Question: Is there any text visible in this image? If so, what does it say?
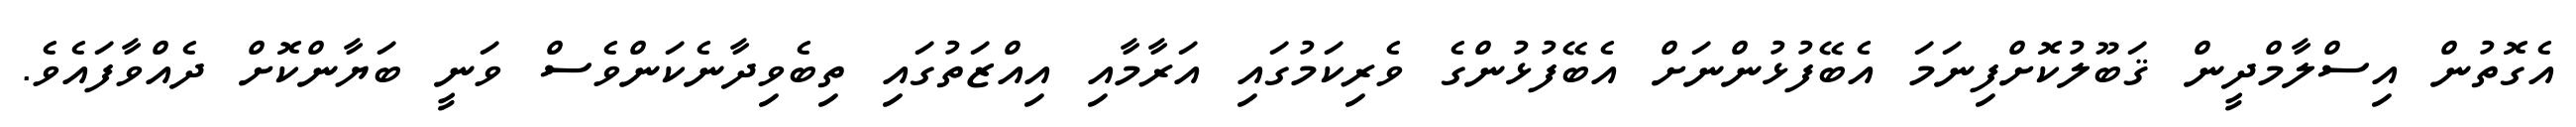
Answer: އެގޮތުން އިސްލާމްދީން ޤަބޫލުކޮށްފިނަމަ އެބޭފުޅުންނަށް އެބޭފުޅުންގެ ވެރިކަމުގައި އަރާމާއި އިއްޒަތުގައި ތިބެވިދާނެކަންވެސް ވަނީ ބަޔާންކޮށް ދެއްވާފައެވެ.